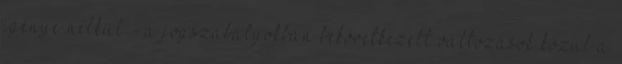
igénye nélkül - a jogszabályokban bekövetkezett változások közül a